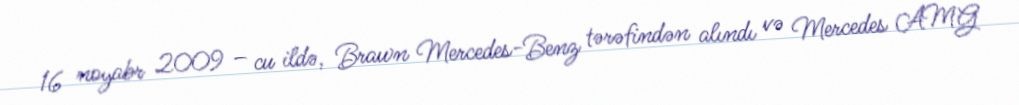
16 noyabr 2009 – cu ildə, Brawn Mercedes-Benz tərəfindən alındı və Mercedes AMG